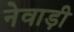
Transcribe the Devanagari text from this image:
नेवाड़ी